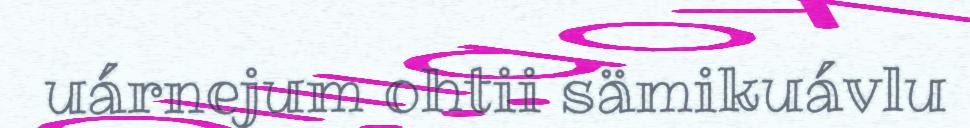
uárnejum ohtii sämikuávlu